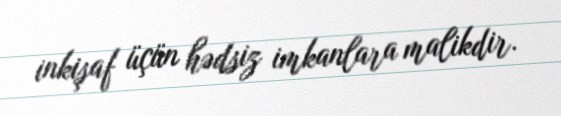
inkişaf üçün hədsiz imkanlara malikdir.